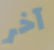
آخر